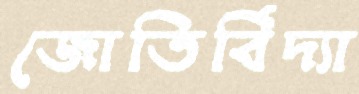
জোতির্বিদ্যা